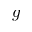
g